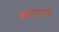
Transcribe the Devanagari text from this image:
आल्यासे